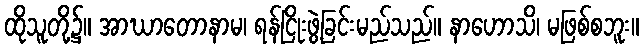
ထိုသူတို့၌။ အာဃာတောနာမ၊ ရန်ငြိုးဖွဲ့ခြင်းမည်သည်။ နာဟောသိ၊ မဖြစ်စဘူး။